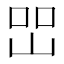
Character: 𡷇